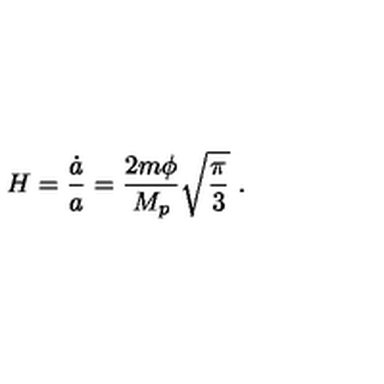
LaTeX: H = { \frac { \dot { a } } { a } } = { \frac { 2 m \phi } { M _ { p } } } \sqrt { \frac { \pi } { 3 } } \ .